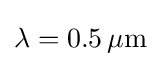
\lambda =0.5\,\mathrm {\mu m}